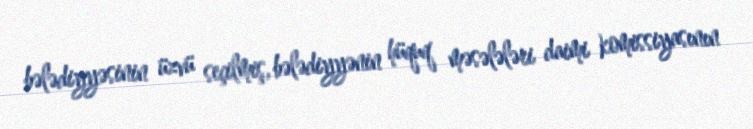
bələdiyyəsinin üzvü seçilmiş, bələdiyyənin hüquq məsələləri daimi komissiyasının